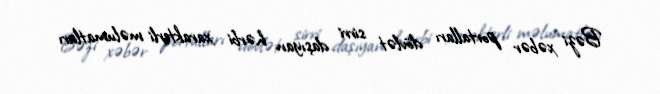
Bəzi xəbər portalları dövlət sirri daşıyan hərbi xarakterli məlumatları